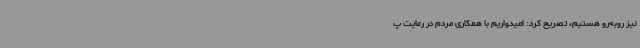
نیز روبه‌رو هستیم، تصریح کرد: امیدواریم با همکاری مردم در رعایت پ